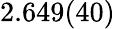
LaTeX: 2.649(40)